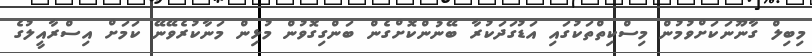
މިބިލް ގާނޫނަކަށްވުމުން މިސްކިތްތަކުގައި އަޑުގަދަކުރާ ބޭނުންކޮށްގެން ބަންގިގޮވުން މުޅިން މަނާކުރެވޭނޭ ކަމަށް އިސްރާއީލުގެ